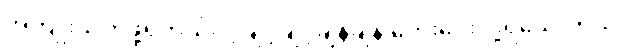
အကျိုးယုတ်ဖို့ရှိတယ်လို့ ချင့်ချင့်ချိန်ချိန် တွေးပေးလို့ရသေးတယ်။